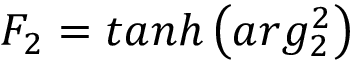
F _ { 2 } = t a n h \left( a r g _ { 2 } ^ { 2 } \right)